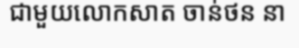
ជាមួយលោកសាត ចាន់ថន នា